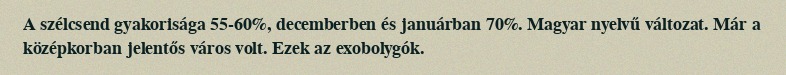
A szélcsend gyakorisága 55-60%, decemberben és januárban 70%. Magyar nyelvű változat. Már a középkorban jelentős város volt. Ezek az exobolygók.